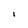
Character: I